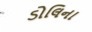
ડોલિના